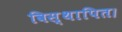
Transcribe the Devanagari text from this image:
विस्थापित।